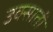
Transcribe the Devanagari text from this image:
उक्साती